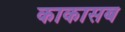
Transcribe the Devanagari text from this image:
काकासब